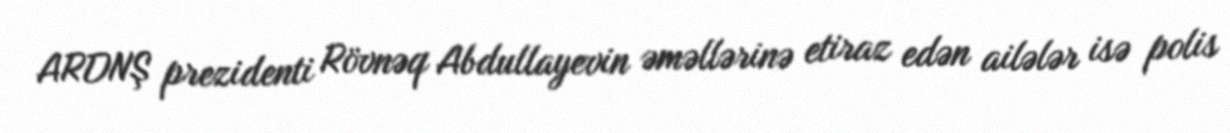
ARDNŞ prezidenti Rövnəq Abdullayevin əməllərinə etiraz edən ailələr isə polis